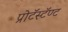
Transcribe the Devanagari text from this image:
प्रोटॅस्टॅण्ट